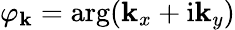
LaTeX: \varphi_{\mathbf{k}}=\arg(\mathbf{k}_{x}+\mathrm{{i}}\mathbf{k}_{y})